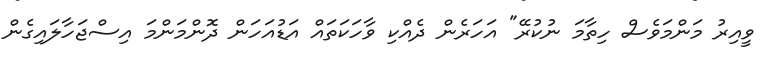
ވީއިރު މަންމަވެސް ހިތާމަ ނުކުރޭ" އަހަރެން ދެއްކި ވާހަކަތައް އަޑުއަހަން ދޮންމަންމަ އިސްޖަހާލައިގެން